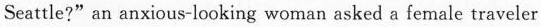
Seattle?" an anxious-looking woman asked a female traveler